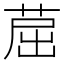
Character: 䓛